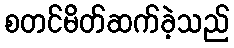
စတင်မိတ်ဆက်ခဲ့သည်